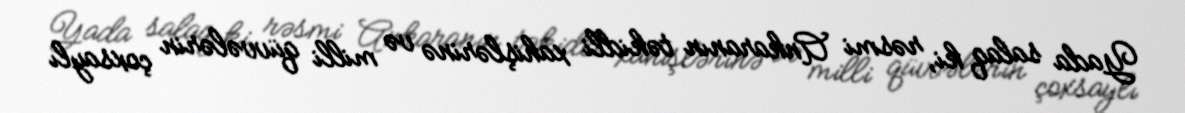
Yada salaq ki, rəsmi Ankaranın təkidli xahişlərinə və milli qüvvələrin çoxsaylı